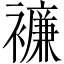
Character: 𧞋